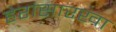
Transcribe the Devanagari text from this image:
हेरांसारखा